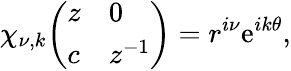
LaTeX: \chi_{\nu,k}{\left(\begin{array}{ll}{z}&{0}\\ {c}&{z^{-1}}\end{array}\right)}=r^{i\nu}\mathrm{e}^{ik\theta},